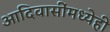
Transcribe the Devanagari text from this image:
आदिवासींमध्येही